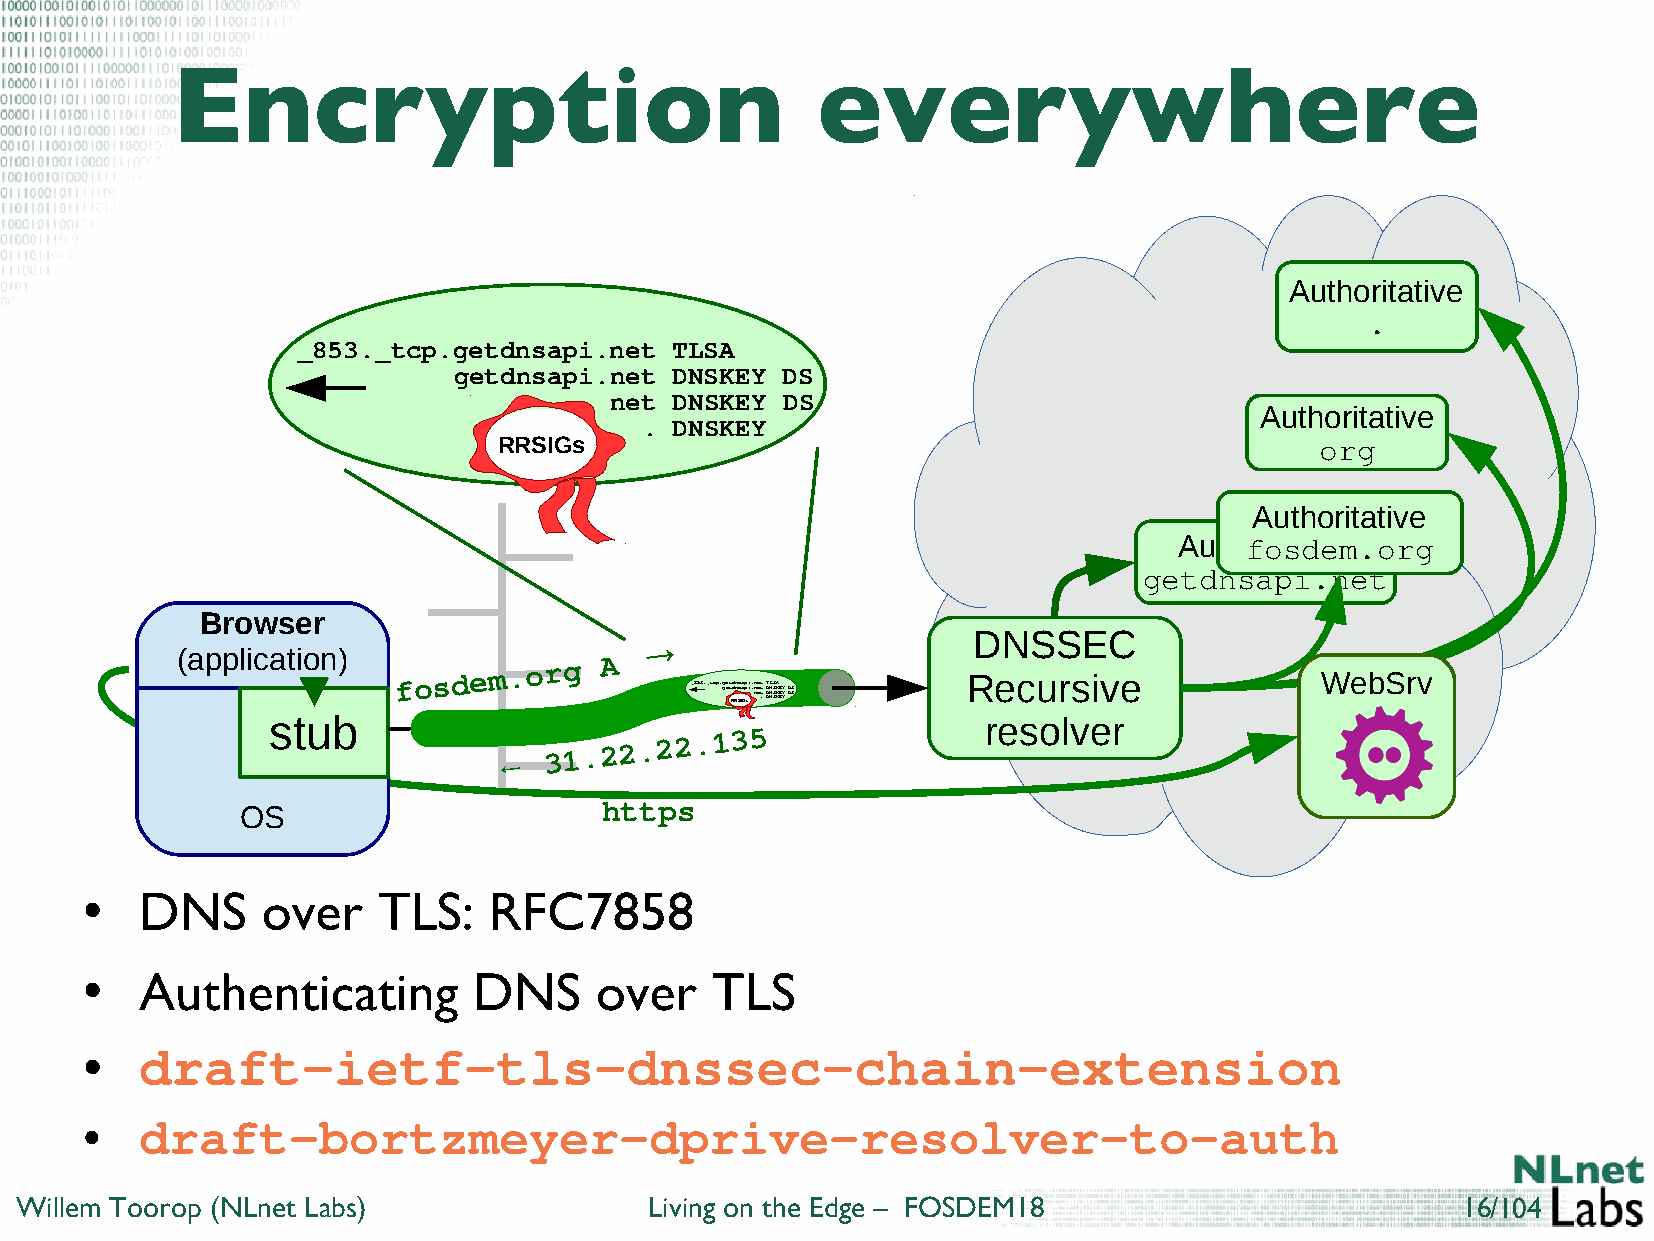
Encryption                                 everywhere
 Authoritative
 .
 _853._tcp.getdnsapi.net  TLSA
 getdnsapi.net  DNSKEY DS
 net  DNSKEY DS
 Authoritative
 .  DNSKEY
 RRSIGs                                                org
 Authoritative
 Authofroitsadtiveem.org
 getdnsapi.net
 Browser
 →                     DNSSEC
 (application) fosdem.org    A
 _853._tcp.ggeett Rdd Rnn Sss Iaa Gpp sii..nnneee.ttt T DDD NNNLS SSSA KKKEEE YYY DD SS
 Recursive              WebSrv
 stub                                           resolver
 ←
 31.22.22.135
 https
 OS
 DNS     over    TLS:   RFC7858
 ●
 Authenticating        DNS     over    TLS
 ●
 draft-ietf-tls-dnssec-chain-extension
 ●
 draft-bortzmeyer-dprive-resolver-to-auth
 ●
 Willem Toorop (NLnet Labs)                Living on the Edge – FOSDEM18                         16/104